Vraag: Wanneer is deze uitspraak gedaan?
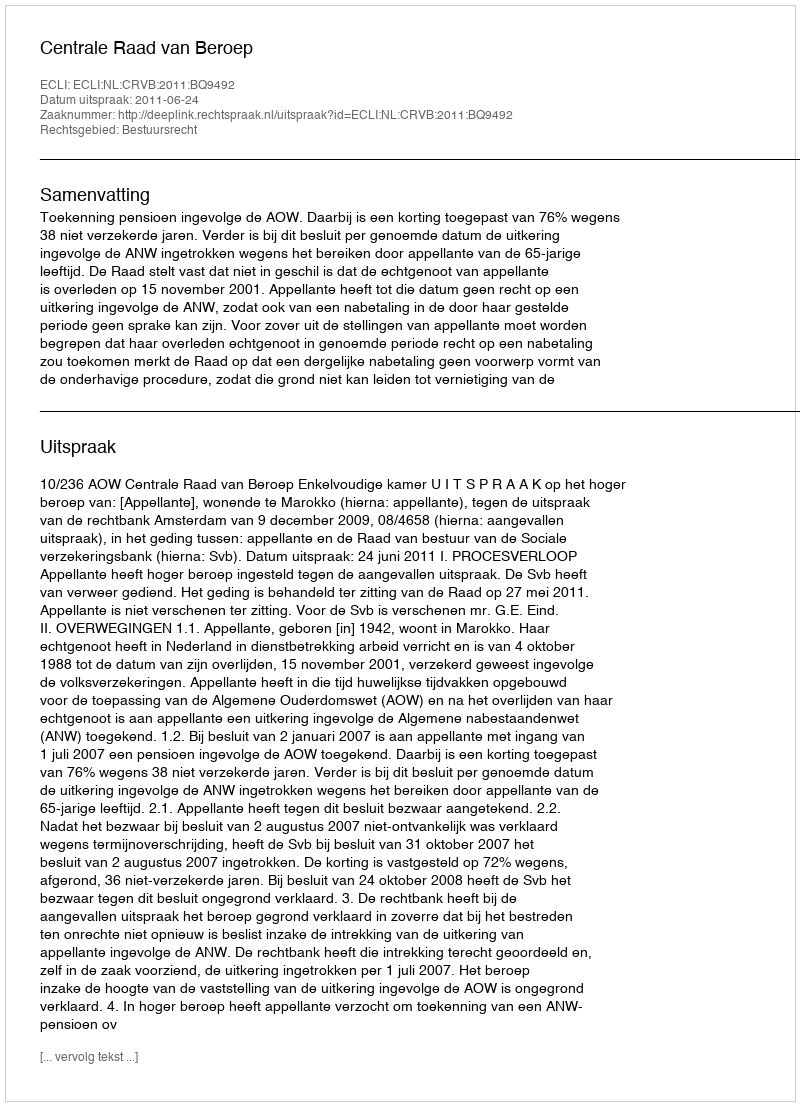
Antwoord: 2011-06-24